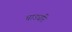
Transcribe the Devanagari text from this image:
चाउधरि